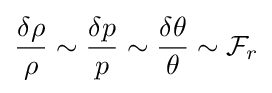
{\frac {\delta \rho }{\rho }}\sim {\frac {\delta p}{p}}\sim {\frac {\delta \theta }{\theta }}\sim {\mathcal {F}}_{r}